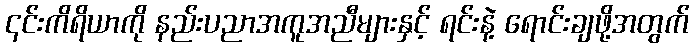
၎င်းကိရိယာကို နည်းပညာအကူအညီများနှင့် ရင်းနဲ့ ရောင်းချဖို့အတွက်